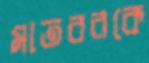
মাতবরকে